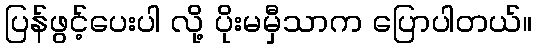
ပြန်ဖွင့်ပေးပါ လို့ ပိုးမမှီသာက ပြောပါတယ်။